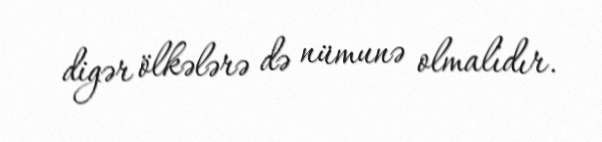
digər ölkələrə də nümunə olmalıdır.